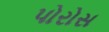
પોરોસ